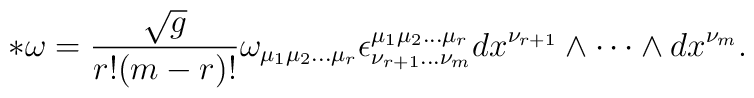
* \omega = \frac{\sqrt{g}}{r!(m-r)!}\omega_{\mu_{1}\mu_{2}\dots\mu_{r}}  \epsilon^{\mu_{1}\mu_{2}\dots\mu_{r}}_{\nu_{r+1}\dots\nu_{m}} dx^{\nu_{r+1}}\wedge  \cdots \wedge dx^{\nu_{m}}.